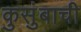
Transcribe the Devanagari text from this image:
कुसुंबाची